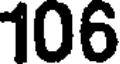
106